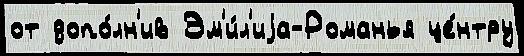
от допо́лн'ив Эм'и́л'иjа-Романья це́нтру